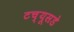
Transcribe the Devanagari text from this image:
टच्यूसडे